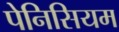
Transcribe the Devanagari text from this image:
पेनिसियम